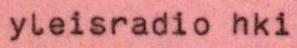
yleisradio hki